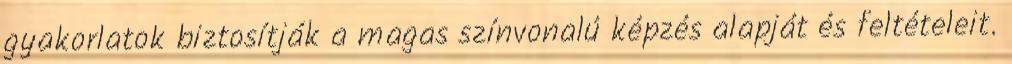
gyakorlatok biztosítják a magas színvonalú képzés alapját és feltételeit.